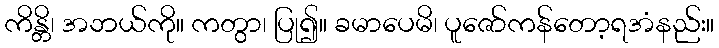
ကိန္တိ၊ အဘယ်ကို။ ကတွာ၊ ပြု၍။ ခမာပေမိ၊ ပူဇော်ကန်တော့ရအံနည်း။